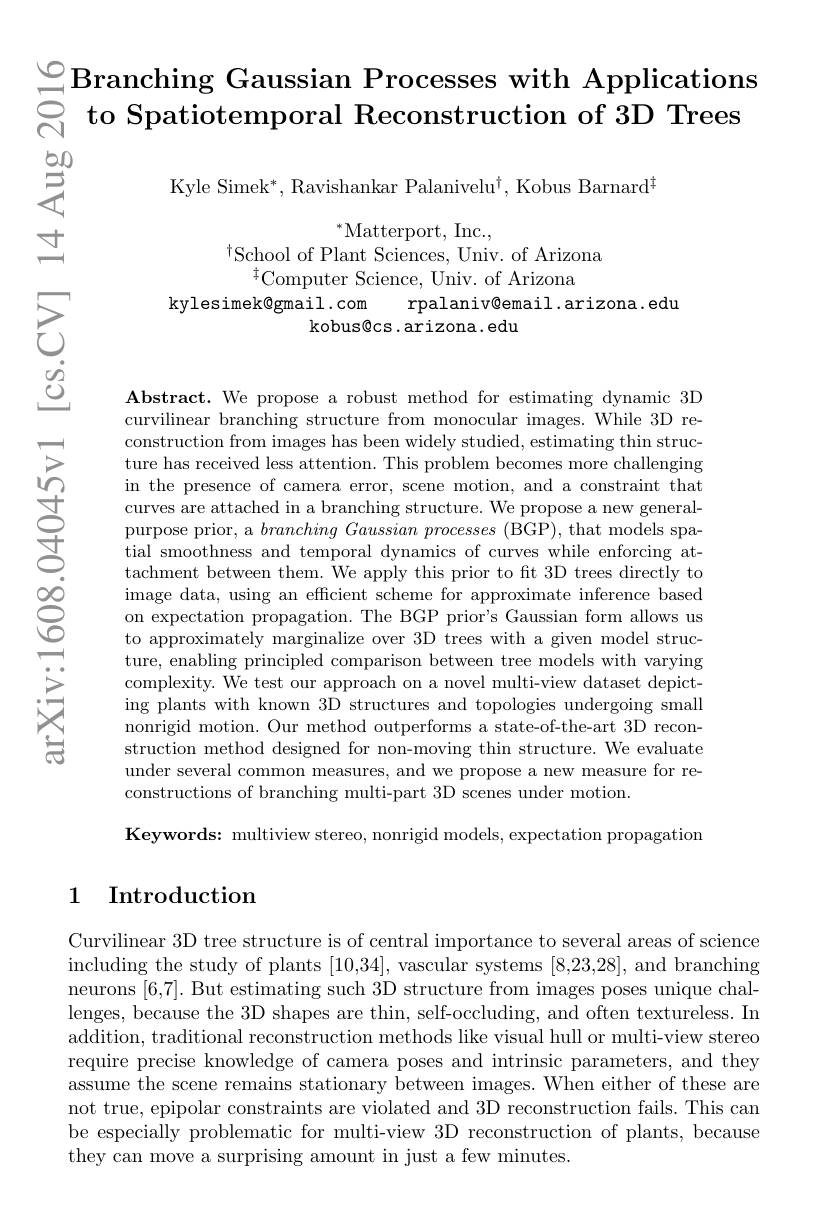
$\overset{\circ}{\operatorname*{\operatorname*{\operatorname*{\operatorname*{\operatorname*{\operatorname*{\operatorname*{\smile}}}}}}}}$Branching Gaussian Processes with Applications
ू to Spatiotemporal Reconstruction of 3D Trees

$等$

Kyle Simek$^*$,Ravishankar Palanivelu$^\dagger$, Kobus Barnard$^\dagger$

$\pm$

$^*$Matterport, Inc.,
$^{\dagger}$School of Plant Sciences, Univ. of Arizona
$^{\dagger}$Computer Science, Univ. of Arizona
kylesimek@gmail.com rpalaniv@email.arizona.edu
kobus@cs.arizona.edu

$উ్তై$

$\Xi$

$vn$

Abstract. We propose a robust method for estimating dynamic 3D curvilinear branching structure from monocular images. While 3D reconstruction from images has been widely studied, estimating thin structure has received less attention. This problem becomes more challenging in the presence of camera error, scene motion, and a constraint that curves are attached in a branching structure. We propose a new generalpurpose prior, a $branching\textit{Gaussian processes ( BGP) , that models spa- }$ tial smoothness and temporal dynamics of curves while enforcing attachment between them. We apply this prior to fit 3D trees directly to image data, using an efficient scheme for approximate inference based on expectation propagation. The BGP prior's Gaussian form allows us to approximately marginalize over 3D trees with a given model structure, enabling principled comparison between tree models with varying complexity. We test our approach on a novel multi-view dataset depicting plants with known 3D structures and topologies undergoing small nonrigid motion. Our method outperforms a state-of-the-art 3D reconstruction method designed for non-moving thin structure. We evaluate under several common measures, and we propose a new measure for reconstructions of branching multi-part 3D scenes under motion.

$క్రి$

一

鳶

Keywords: multiview stereo, nonrigid models, expectation propagation

# 1 Introduction

Curvilinear 3D tree structure is of central importance to several areas of science including the study of plants [10,34], vascular systems [8,23,28], and branching neurons [6,7]. But estimating such 3D structure from images poses unique challenges, because the 3D shapes are thin, self-occluding, and often textureless. In addition, traditional reconstruction methods like visual hull or multi-view stereo require precise knowledge of camera poses and intrinsic parameters, and they assume the scene remains stationary between images. When either of these are not true, epipolar constraints are violated and 3D reconstruction fails. This can be especially problematic for multi-view 3D reconstruction of plants, because they can move a surprising amount in just a few minutes.